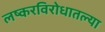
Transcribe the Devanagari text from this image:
लष्करविरोधातल्या